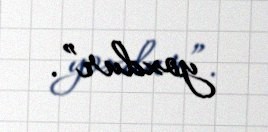
yoxdur”.